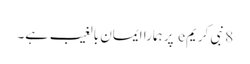
8 نبی کریمe پر ہمارا ایمان بالغیب ہے۔